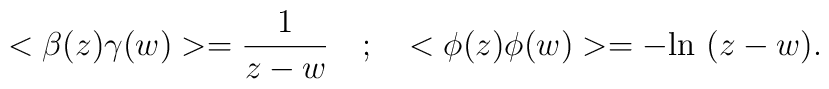
<\beta(z)\gamma(w)> = {\frac{1}{z-w}} \quad ; \quad <\phi(z) \phi(w)> = - {\rm ln}~(z-w).